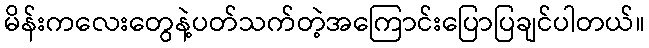
မိန်းကလေးတွေနဲ့ပတ်သက်တဲ့အကြောင်းပြောပြချင်ပါတယ်။